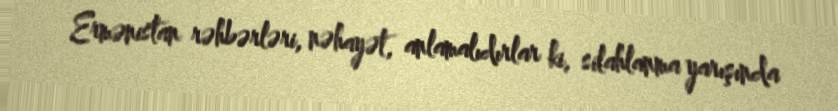
Ermənistan rəhbərləri, nəhayət, anlamalıdırlar ki, silahlanma yarışında